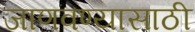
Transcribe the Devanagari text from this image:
जाणवण्यासाठी